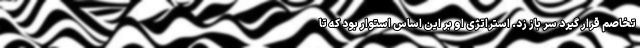
تخاصم قرار گیرد سر باز زد. استراتژی او بر این اساس استوار بود که تا